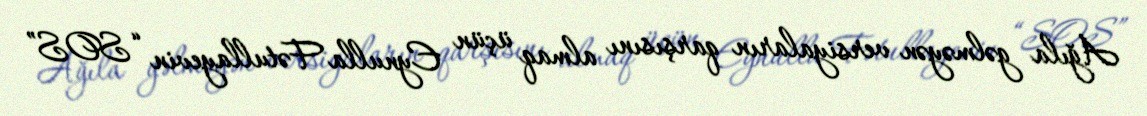
Ağıla gəlməyən versiyaların qarşısını almaq üçün Eynulla Fətullayevin “SOS”